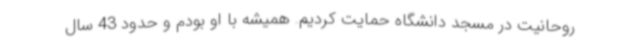
روحانیت در مسجد دانشگاه حمایت کردیم. همیشه با او بودم و حدود 43 سال